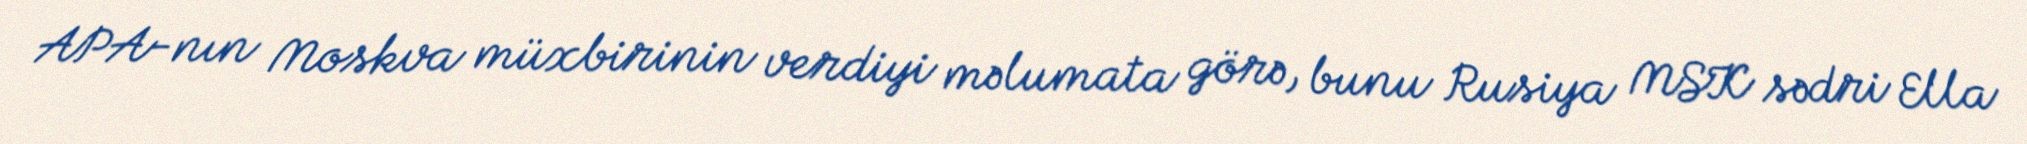
APA-nın Moskva müxbirinin verdiyi məlumata görə, bunu Rusiya MSK sədri Ella